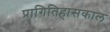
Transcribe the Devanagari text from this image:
प्रागितिहासकाल